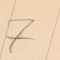
7